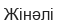
Жінәлі